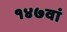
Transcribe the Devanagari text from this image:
१४७वां